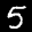
Label: 5